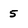
Character: 5